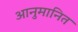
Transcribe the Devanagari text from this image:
आनुमानित